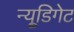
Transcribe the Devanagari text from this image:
न्यू्डिगेट